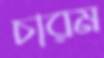
চারম